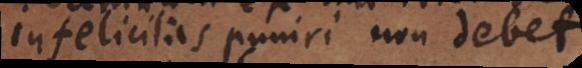
Infelicitas puniri non debet.